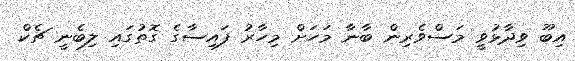
އިބޫ ވިދާޅުވީ މަސްވެރިން ބާނާ މަހަށް މިހާރު ފައިސާގެ ގޮތުގައި ލިބެނީ ޗެކް